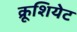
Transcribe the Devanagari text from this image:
क्रूशियेट